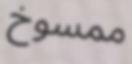
ممسوخ